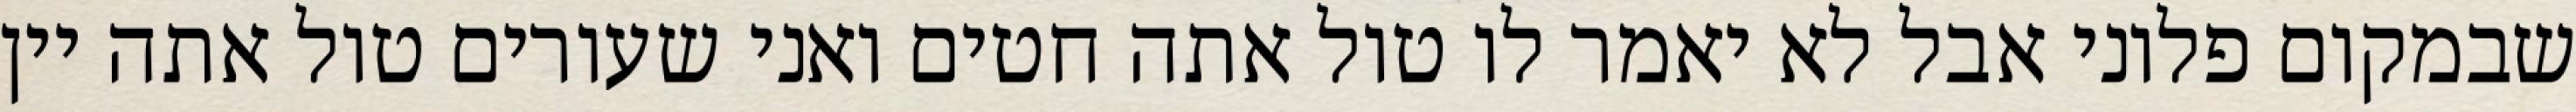
שבמקום פלוני אבל לא יאמר לו טול אתה חטים ואני שעורים טול אתה יין